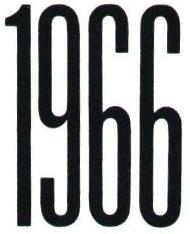
1966